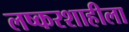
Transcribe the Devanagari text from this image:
लष्करशाहीला